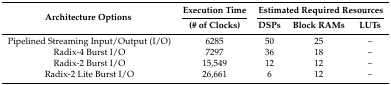
<table><thead><tr><td rowspan="2"><b>Architecture Options</b></td><td><b>Execution Time</b></td><td colspan="3"><b>Estimated Required Resources</b></td></tr><tr><td><b>(# of Clocks)</b></td><td><b>DSPs</b></td><td><b>Block RAMs</b></td><td><b>LUTs</b></td></tr></thead><tbody><tr><td>Pipelined Streaming Input/Output (I/O)</td><td>6285</td><td>50</td><td>25</td><td>–</td></tr><tr><td>Radix-4 Burst I/O</td><td>7297</td><td>36</td><td>18</td><td>–</td></tr><tr><td>Radix-2 Burst I/O</td><td>15,549</td><td>12</td><td>12</td><td>–</td></tr><tr><td>Radix-2 Lite Burst I/O</td><td>26,661</td><td>6</td><td>12</td><td>–</td></tr></tbody></table>